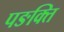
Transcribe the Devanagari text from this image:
पङक्ति